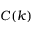
C ( k )